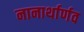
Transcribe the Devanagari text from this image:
नानार्थार्णव